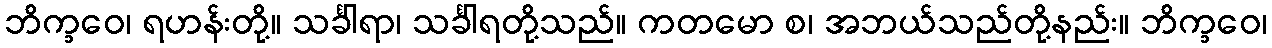
ဘိက္ခဝေ၊ ရဟန်းတို့။ သင်္ခါရာ၊ သင်္ခါရတို့သည်။ ကတမော စ၊ အဘယ်သည်တို့နည်း။ ဘိက္ခဝေ၊